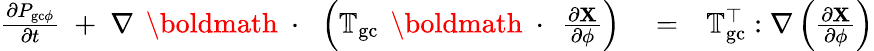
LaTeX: \begin{array}{rlr}{\frac{\partial P_{\mathrm{gc}\phi}}{\partial t}\; +\; \nabla\, \mathrm{~\boldmath~\cdot~}\, \left(\mathbb{T}_{\mathrm{gc}}\, \mathrm{~\boldmath~\cdot~}\, \frac{\partial\mathbf X}{\partial\phi}\right)}&{{}=}&{\mathbb{T}_{\mathrm{gc}}^{\top}:\nabla\left(\frac{\partial\mathbf X}{\partial\phi}\right)}\end{array}